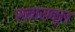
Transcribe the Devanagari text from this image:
समाराकूल